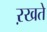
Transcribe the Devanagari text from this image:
ऱखते